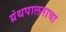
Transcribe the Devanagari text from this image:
ग्रंथपालनाचा